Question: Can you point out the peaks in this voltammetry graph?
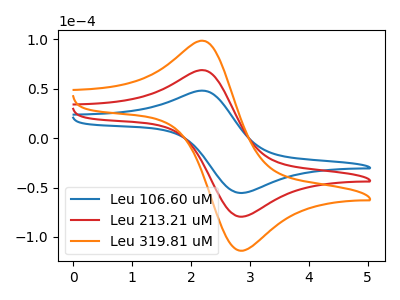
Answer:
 <answer>The blue curve "Leu 106.60 uM" has an anodic peak at (2.25V, 47.75uA) and a cathodic peak at (2.85V, -55.55uA). The red curve "Leu 213.21 uM" has an anodic peak at (2.25V, 68.40uA) and a cathodic peak at (2.85V, -79.55uA). The orange curve "Leu 319.81 uM" has an anodic peak at (2.25V, 136.80uA) and a cathodic peak at (2.85V, -159.10uA).</answer>
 <eval></eval>